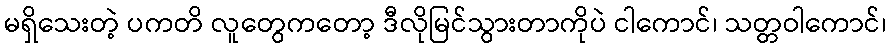
မရှိသေးတဲ့ ပကတိ လူတွေကတော့ ဒီလိုမြင်သွားတာကိုပဲ ငါကောင်၊ သတ္တဝါကောင်၊